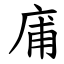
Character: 庯